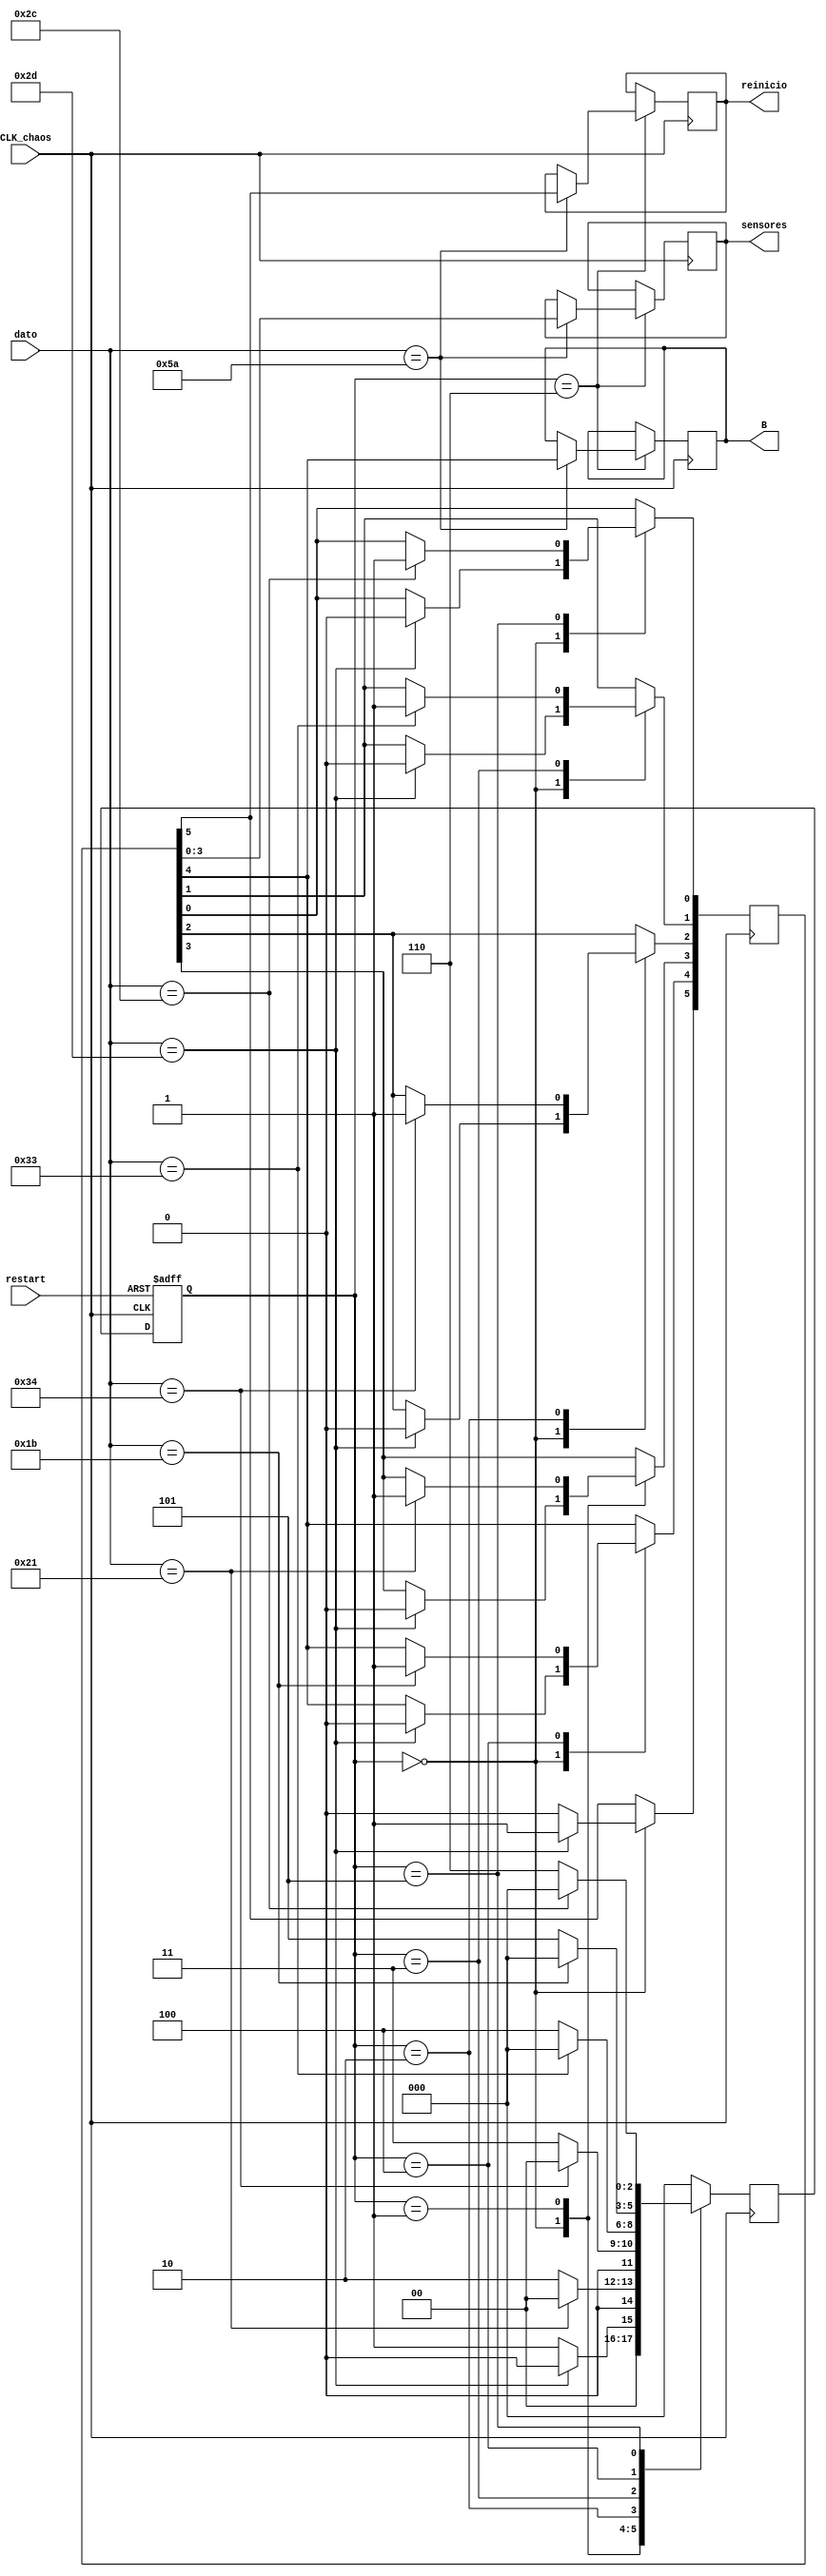
`timescale 1ns / 1ps

module Lol(CLK_chaos, restart, dato, sensores, B, reinicio);
	input wire CLK_chaos, restart;	// restart: reinicia los datos almacenados por los registros locales.
	input wire [7:0] dato;		//Dato recibido del teclado.
	output reg [3:0] sensores;	//Datp que indica los sensores activos.
	output reg B; 	// Apaga el led que representa la alarma sonora.
	output reg reinicio;		//Reinicia la maquina de estados del primer proyecto (FSM).

	reg [2:0] STA, STN;	//Estado actual y proximo, respectivamente.
	reg [5:0] salidas;	//Registro local que almacena estado de los sensores, reinicio y B.
	localparam [7:0] corto = 8'h21, gas = 8'h34, humo = 8'h33, tup = 8'h2C, enter = 8'h5A, reset = 8'h2D, silenciar = 8'h1B;
	localparam [2:0] ST0 = 3'b000, ST1 = 3'b001, ST2 = 3'b010, ST3 = 3'b011, ST4 = 3'b100, ST5 = 3'b101, ST6 = 3'b110;
	
	initial begin
		STA = 3'b000;
		sensores = 4'h0;
		salidas = 6'b000000;	
	end
		
	always @ (posedge CLK_chaos, posedge restart) begin // Reset o cambio de estado dependiendo de RS
		if(restart) STA <= ST0;
		else STA <= STN;
	end

	always @ (posedge CLK_chaos) begin
		case (STA)
			ST0:									// Si se apreta 'R' condiciona el reset.
				if (dato == reset) begin
					salidas[5] <= 1'b1;		//salidas[5] corresponde al bit de reinicio.
					STN <= ST0;
					salidas[4:0] <= 5'b00000;
				end
				else begin 
					STN <= ST1;				//Si el dato es diferente de 'R', se prosigue con la verificacion. 
					salidas[5] <= 1'b0;
				end
				
			ST1:									// Si hay corto (tecla 'C') coloca el bit en salidas[3].
				if (dato == corto) begin
					salidas[3] <= 1'b1;
					STN <= ST0;
				end
				else STN <= ST2;				//Si no, prosigue con los demas estados.
				
			ST2:									// Si hay corto (tecla 'C') coloca el bit en salidas[2].
				if (dato == gas) begin
					salidas[2] <= 1'b1;
					STN <= ST0;
				end
				else STN <= ST3;				//Si no, prosigue con los demas estados.
				
			ST3:									// Si hay corto (tecla 'H') coloca el bit en salidas[1].
				if (dato == humo) begin
					salidas[1] <= 1'b1;
					STN <= ST0;
				end
				else STN <= ST4;				//Si no, prosigue con los demas estados.
				
			ST4:									
				if (dato == silenciar) begin	// Si se ordena silenciar (tecla 'S') coloca el bit en salidas[4].
					salidas[4] <= 1'b1;
					STN <= ST0;
				end
				else STN <= ST5;					//Si no, prosigue con los demas estados.
			
			ST5:
				if (dato == tup) begin			// Si se ordena silenciar (tecla 'S') coloca el bit en salidas[0].
					salidas[0] <= 1'b1;
					STN <= ST0;
				end
				else STN <= ST6;					//Si no, prosigue con el ultimo estado.
					
			ST6:
				if (dato == enter) begin		//Si se presiona enter, envia los datos registrados a la maquina de estados FSM.
					sensores <= salidas[3:0];
					B <= salidas[4];
					reinicio <= salidas[5];
					STN <= ST0;
				end
				else STN <= ST0;					//De lo contrario, vuelve a iniciar la revision de estados.
			
			default: STN <= ST0;
		endcase
	end
endmodule